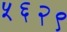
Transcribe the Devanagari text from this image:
५६२९